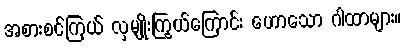
အစားစင်ကြယ် လှမျိုးကြွယ်ကြောင်း ဟောသော ဂါထာများ။